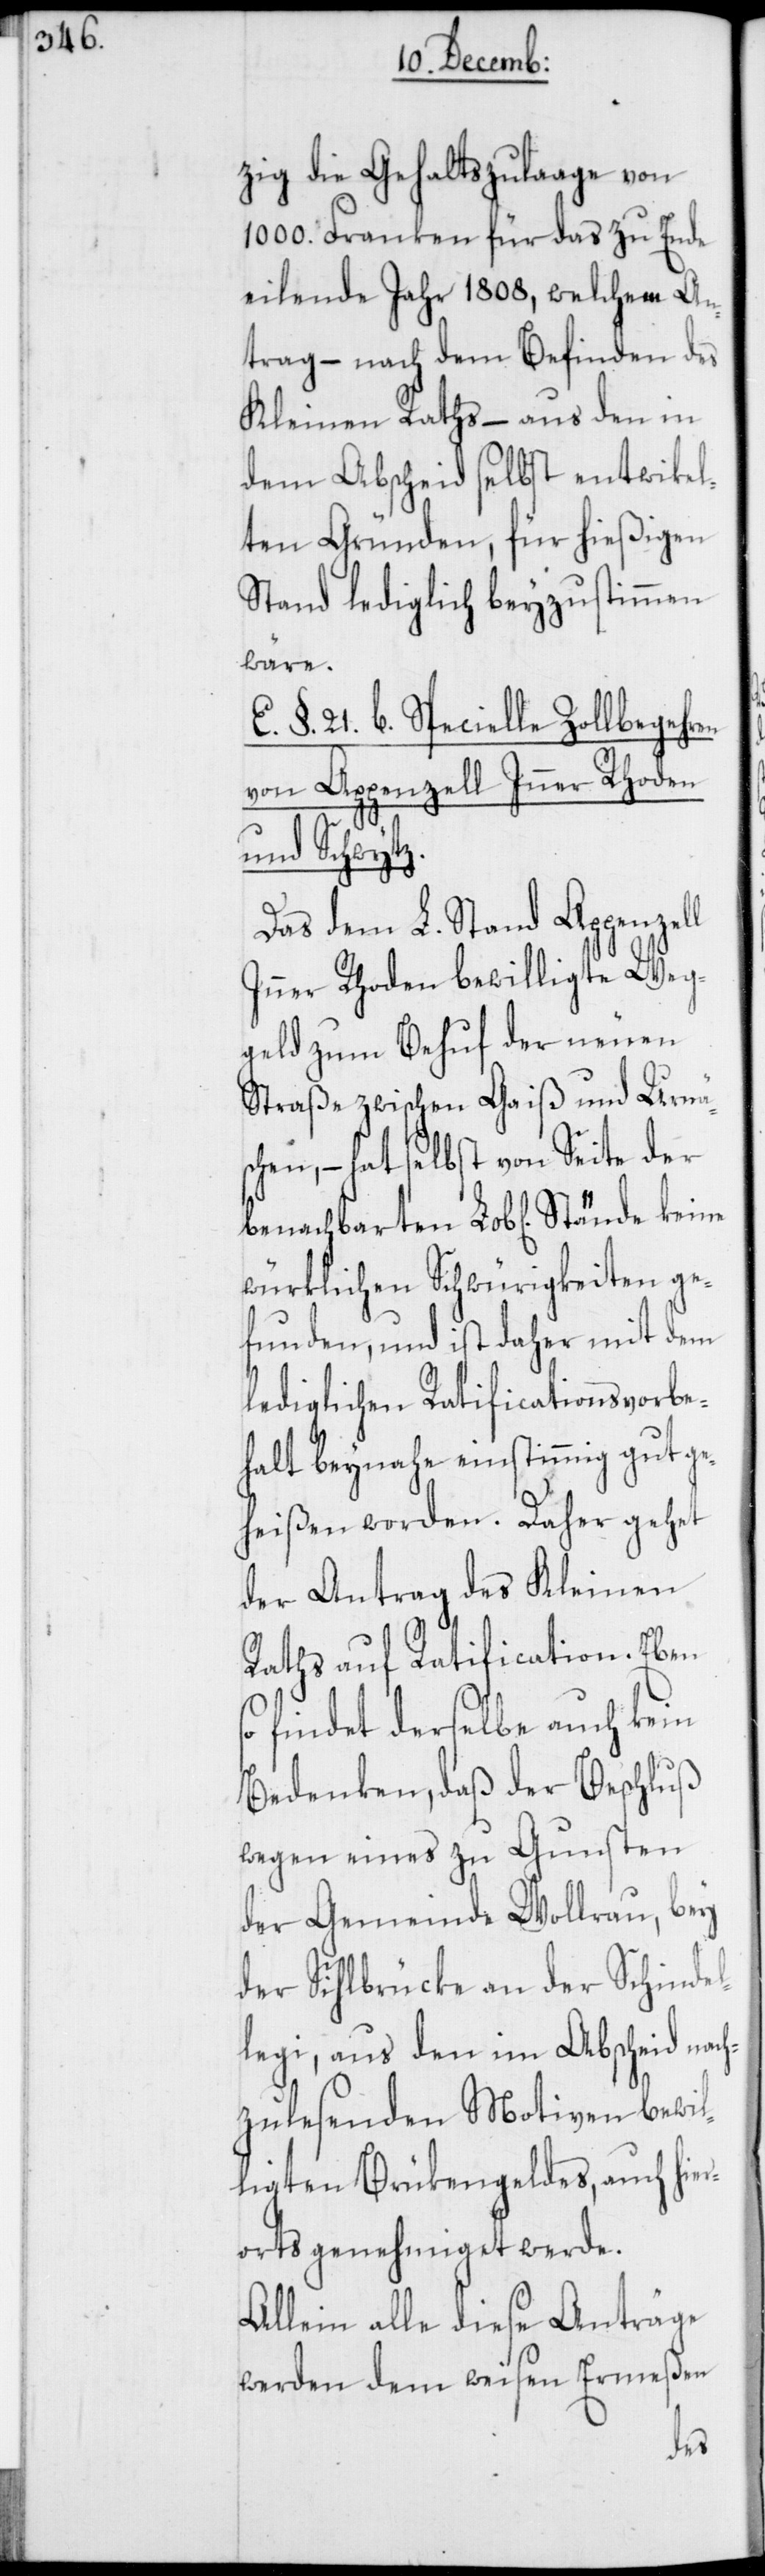
zig die Gehaltszulaage von
1000. Franken für das zu Ende
eilende Jahr 1808, welchem An¬
trag – nach dem Befinden des
Kleinen Raths – aus den in
dem Abscheid selbst entwikel¬
ten Gründen, für hießigen
Stand lediglich beyzustimmen
wäre.
E. §. 21. b. Specielle Zollbegehren
von Appenzell Inner Rhoden
und Schwytz.
Das dem L. Stand Appenzell
Inner Rhoden bewilligte Weg¬
geld zum Behuf der neuen
Straße zwischen Gaiß und Urnä¬
sch, – hat selbst von Seite der
würklichen Schwürigkeiten ge¬
funden, und ist daher mit dem
lediglichen Ratificationsvorbe¬
halt beynahe einstimmig gut ge¬
heißen worden. Daher gehet
der Antrag des Kleinen
Raths auf Ratification. Ebens¬
o findet derselbe auch kein
Bedenken, daß der Beschluß
wegen eines zu Gunsten
der Gemeinde Wollrau, bey
der Sihlbrücke an der Schindel¬
legi, aus den im Abscheid nach¬
zulesenden Motiven bewil¬
ligten Brükengeldes, auch hier¬
orts genehmiget werde.
Allein alle diese Anträge
werden dem weisen Ermeßen